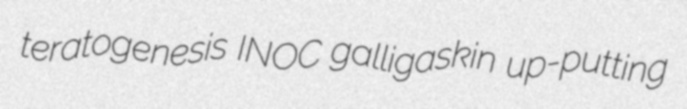
teratogenesis INOC galligaskin up-putting